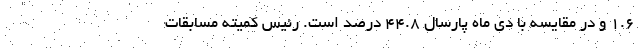
۱.۶ و در مقایسه با دی ماه پارسال ۴۴.۸ درصد است. رئیس کمیته مسابقات